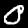
Label: 0